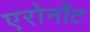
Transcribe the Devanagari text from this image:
एरोनॉट